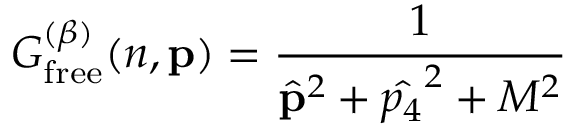
G _ { \mathrm { f r e e } } ^ { ( \beta ) } ( n , { \bf { p } } ) = { \frac { 1 } { \hat { { \bf { p } } } ^ { 2 } + \hat { p _ { 4 } } ^ { 2 } + M ^ { 2 } } }